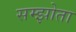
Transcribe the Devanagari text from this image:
सम्झोता